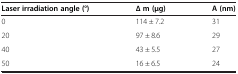
<table><thead><tr><td><b>Laser irradiation angle (°)</b></td><td><b>∆ m (μg)</b></td><td><b>A (nm)</b></td></tr></thead><tbody><tr><td>0</td><td>114 ± 7.2</td><td>31</td></tr><tr><td>20</td><td>97 ± 8.6</td><td>29</td></tr><tr><td>40</td><td>43 ± 5.5</td><td>27</td></tr><tr><td>50</td><td>16 ± 6.5</td><td>24</td></tr></tbody></table>